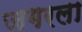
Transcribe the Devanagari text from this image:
जगरला